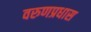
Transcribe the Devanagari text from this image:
वरुणप्रधास